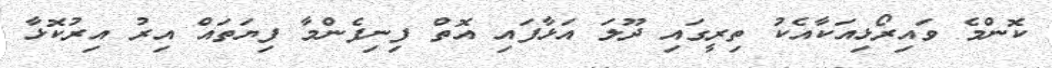
ކޮންމެ ވައިރޯޅިއަކާއެކު ތިރީގައި ދޫލަ އަޅާފައި އޮތް ފިނިފެންމާ ފިޔަތައް އިރު އިރުކޮޅާ